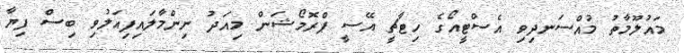
މައުލޫމާތު މުއްސަނދިވި އެސްޓީއޯގެ ހިޓާޗީ އޭސީ ޕްރޮމޯޝަން މިއަދު ނިންމާލައިފިއަލުވި ބިސް ފިޔާ